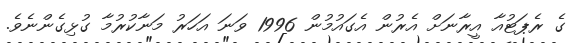
ގެ ރެޕަޓުއާ އީރާނަށް އެރުން އެގައުމުން 1996 ވަނަ އަހަރު މަނާކުރުމާ ގުޅިގެންނެވެ.